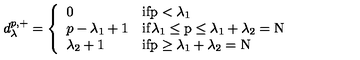
d _ { \lambda } ^ { p , + } = \left\{ \begin{array} { l l l } { 0 } & { \mathrm { i f p < \lambda _ 1 } } \\ { p - \lambda _ { 1 } + 1 } & { \mathrm { i f \lambda _ 1 \leq p \leq \lambda _ 1 + \lambda _ 2 = N } } \\ { \lambda _ { 2 } + 1 } & { \mathrm { i f p \geq \lambda _ 1 + \lambda _ 2 = N } } \\ \end{array} \right.